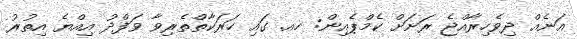
އަނެއް ދިވެހިރާއްޖެ ރަށަށް ކެމްޕެއިން: ހއ. ގައި ހަރަކާތްތެރިވާ ވަފްދު އިއްޔެ އިތުރު